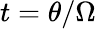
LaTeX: t=\theta/\Omega